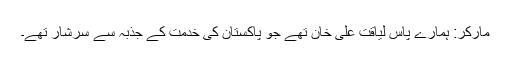
مارکر: ہمارے پاس لیاقت علی خان تھے جو پاکستان کی خدمت کے جذبہ سے سرشار تھے۔